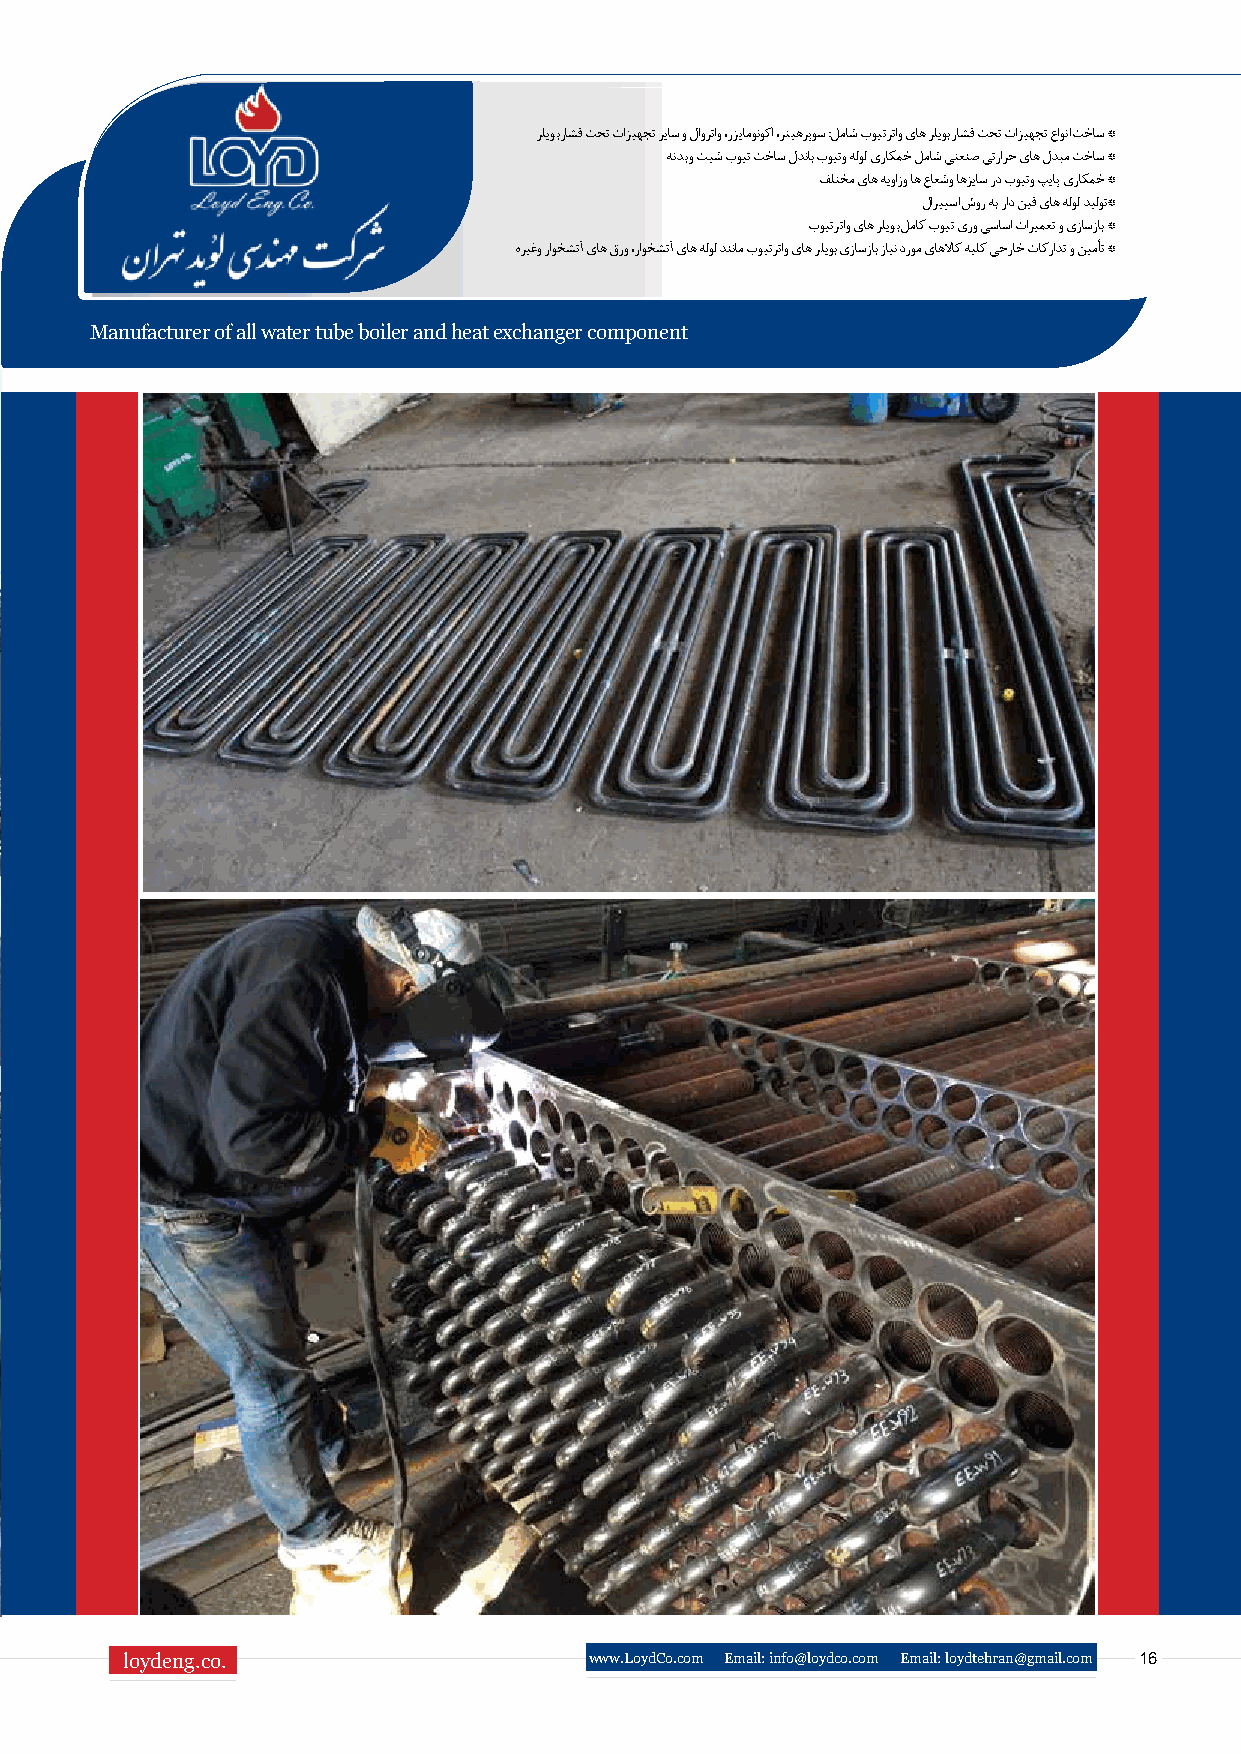
رلیوب راشف تحت تازیهجت ریاس و لاورتاو ،رزیامونوکا ،رتیهرپوس :لماش بویترتاو یاه رلیوب راشف تحت تازیهجت عاونا تخاس *
 هندب و تیش بویت تخاس لدناب بویتو هلول یراکمخ لماش یتعنص یترارح یاه لدبم تخاس *
 فلتخم یاه هیوازو اه عاعشو اهزیاس رد بویتو پیاپ یراکمخ *
 لاریپسا شور هب راد نیف یاه هلول دیلوت*
 بویترتاو یاه رلیوب لماک بویت یرو یساسا تاریمعت و یزاسزاب *
 هریغو راوخشتآ یاه قرو ،راوخشتآ یاه هلول دننام بویترتاو یاه رلیوب یزاسزاب زاین دروم یاهلااک هیلک یجراخ تاکرادت و نیمأت *
 Manufacturer of all water tube boiler and heat exchanger component
 loydeng.co.                    www.LoydCo.com Email: info@loydco.com Email: loydtehran@gmail.com 16